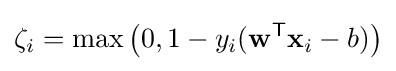
\zeta _{i}=\max \left(0,1-y_{i}(\mathbf {w} ^{\mathsf {T}}\mathbf {x} _{i}-b)\right)